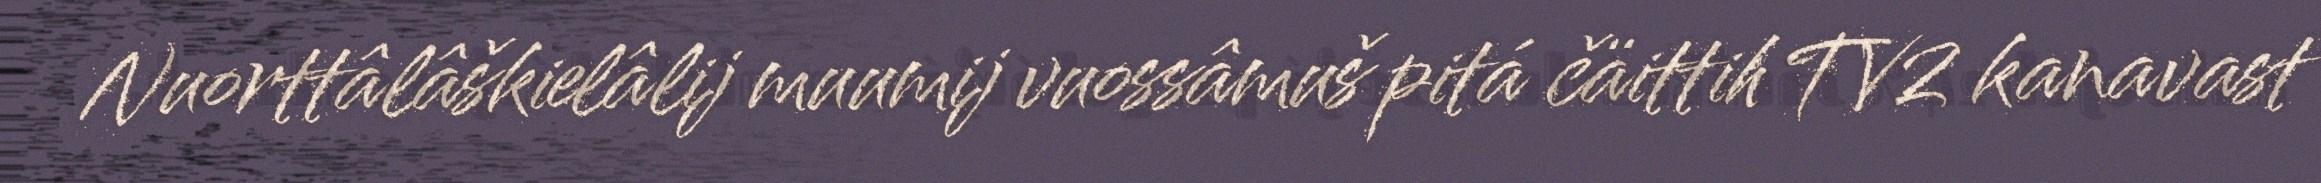
Nuorttâlâškielâlij muumij vuossâmuš pitá čäittih TV2 kanavast